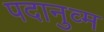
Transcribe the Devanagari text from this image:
पदानुव्म